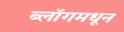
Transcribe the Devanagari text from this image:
ब्लॉगमधून